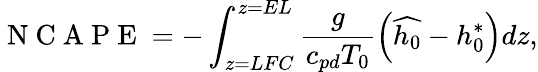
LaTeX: \mathrm{~N~C~A~P~E~}=-\int_{z=LFC}^{z=EL}\frac{g}{c_{pd}T_{0}}\left(\widehat{h_{0}}-h_{0}^{*}\right)dz,